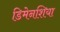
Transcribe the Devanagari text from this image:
डिमेनशिया